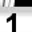
Digit: 1